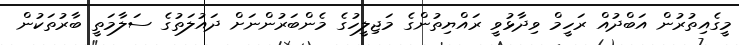
މީގެއިތުރުން އަބްދުއް ރަހީމް ވިދާޅުވީ ރައްޔިތުންގެ މަޖިލީހުގެ މެންބަރުންނަށް ދައުލަތުގެ ސަލާމަތީ ބާރުތަކުން